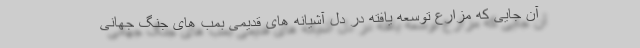
آن جایی که مزارع توسعه یافته در دل آشیانه های قدیمی بمب های جنگ جهانی